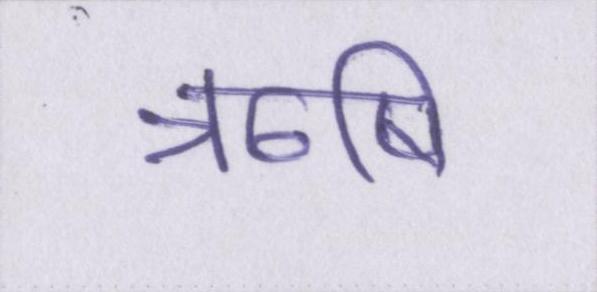
ॠषि